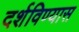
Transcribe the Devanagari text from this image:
दर्शविण्यास